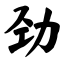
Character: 劲